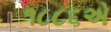
૧૮૮૬એ